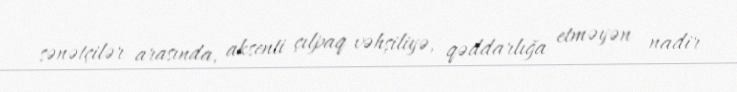
sənətçilər arasında, aksenti çılpaq vəhşiliyə, qəddarlığa etməyən nadir